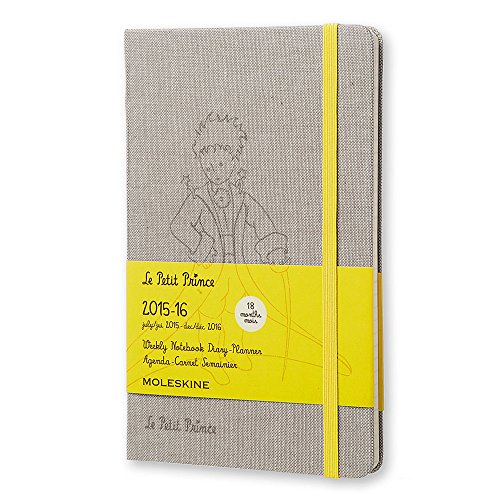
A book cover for Moleskine 2015-2016 Le Petit Prince Limited Edition Weekly Notebook, 18M, Large, Hard Cover (5 x 8.25); Moleskine; Calendars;